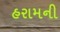
હરામની